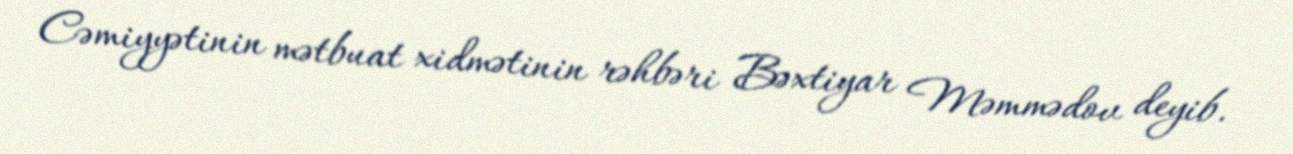
Cəmiyyətinin mətbuat xidmətinin rəhbəri Bəxtiyar Məmmədov deyib.